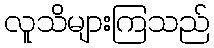
လူသိများကြသည်